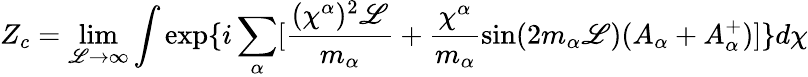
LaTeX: Z_{c}=\operatorname*{lim}_{\mathscr{L}\rightarrow\infty}\int\exp\{ i\sum_{\alpha}[\frac{{(\chi^{\alpha})^{2}\mathscr{L}}}{{m_{\alpha}}}+\frac{{\chi^{\alpha}}}{{m_{\alpha}}}\sin(2m_{\alpha}\mathscr{L})(A_{\alpha}+A_{\alpha}^{+})]\} d\chi